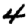
Digit: 4